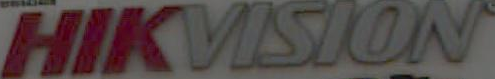
HIKVISION